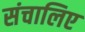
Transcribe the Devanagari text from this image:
संचालिए